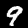
Digit: 9